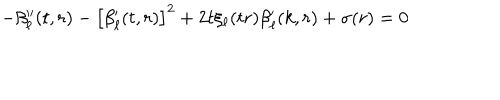
- \beta _ { \ell } ^ { \prime \prime } ( t , r ) - \left[ \beta _ { \ell } ^ { \prime } ( t , r ) \right] ^ { 2 } + 2 t \xi _ { \ell } ( t r ) \beta _ { \ell } ^ { \prime } ( k , r ) + \sigma ( r ) = 0